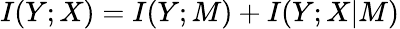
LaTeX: I(Y;X)=I(Y;M)+I(Y;X\vert M)